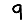
Digit: 9